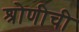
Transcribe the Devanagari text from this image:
श्रोणीची